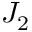
J _ { 2 }